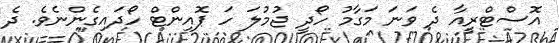
އޮސްޓްރީއާ ދެ ވަނަ މަގާމު ހޯދީ ޖުމުލަ ހަ ޕޮއިންޓް ހޯދައިގެންނެވެ. ދެ